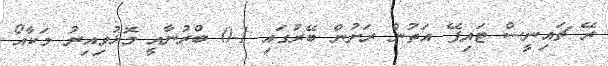
ރޭ ޗައިނީސް ޓައިޕޭ އަތުން ރަށުން ބޭރުގައި 1-0 ބްރުނާއީ މޮޅުވިއިރު މަކާއޯ